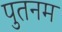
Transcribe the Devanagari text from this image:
पुतनम